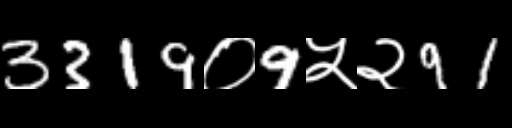
Text: 3319०9५२91